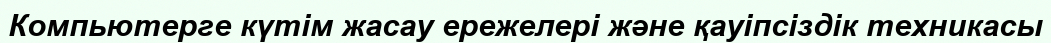
Компьютерге күтім жасау ережелері және қауіпсіздік техникасы